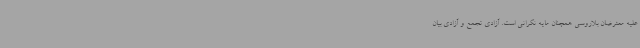
علیه معترضان بلاروسی همچنان مایه نگرانی است. آزادی تجمع و آزادی بیان